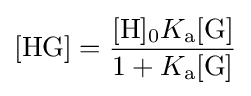
[{\mathrm {HG} }]={\frac {[{\ce {H}}]_{0}K_{\rm {a}}[{\ce {G}}]}{1+K_{\rm {a}}[{\ce {G}}]}}